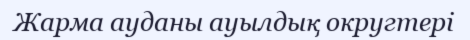
Жарма ауданы ауылдық округтері